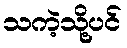
သကဲ့သို့ပင်